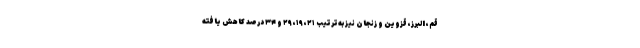
قم، البرز، قزوین و زنجان نیز به‌ترتیب ۲۱، ۱۹، ۲۹ و ۳۴ درصد کاهش یافته